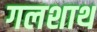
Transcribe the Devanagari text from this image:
गलशाथ